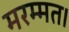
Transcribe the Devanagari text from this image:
मरम्मत।